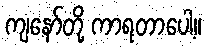
ကျနော်တို့ ကာရတာပေါ့။